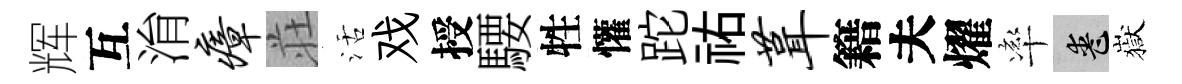
辉互㳙瘴荘活戏授騕牲懽跎祐葺籍夫燿率喪嶽